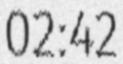
02:42